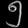
Digit: ၅